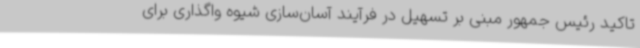
تاکید رئیس جمهور مبنی بر تسهیل در فرآیند آسان‌سازی شیوه واگذاری برای